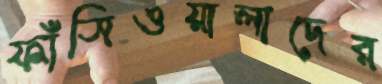
ফাঁসিওয়ালাদের